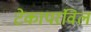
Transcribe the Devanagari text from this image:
टेकापरंविल